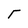
Character: r